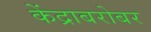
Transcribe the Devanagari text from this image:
केंद्राबरोबर